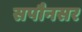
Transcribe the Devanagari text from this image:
सपौनसर